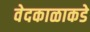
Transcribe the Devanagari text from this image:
वेदकाळाकडे